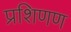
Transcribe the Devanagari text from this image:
प्रशिणण